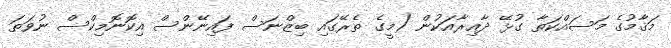
މަޤާމުގެ މަސައްކަތާ ގުޅޭ ދާއިރާއަކުން (މީގެ ތެރޭގައި ބިޒްނަސް ފައިނޭންސް އިކޮނޮމިކްސް ނުވަތަ